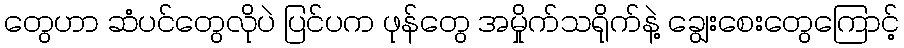
တွေဟာ ဆံပင်တွေလိုပဲ ပြင်ပက ဖုန်တွေ အမှိုက်သရိုက်နဲ့ ချွေးစေးတွေကြောင့်